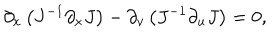
\partial _ { x } \left( J ^ { - 1 } \partial _ { x } J \right) - \partial _ { v } \left( J ^ { - 1 } \partial _ { u } J \right) = 0 ,